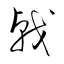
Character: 戟